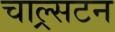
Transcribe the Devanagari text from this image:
चाल्र्सटन